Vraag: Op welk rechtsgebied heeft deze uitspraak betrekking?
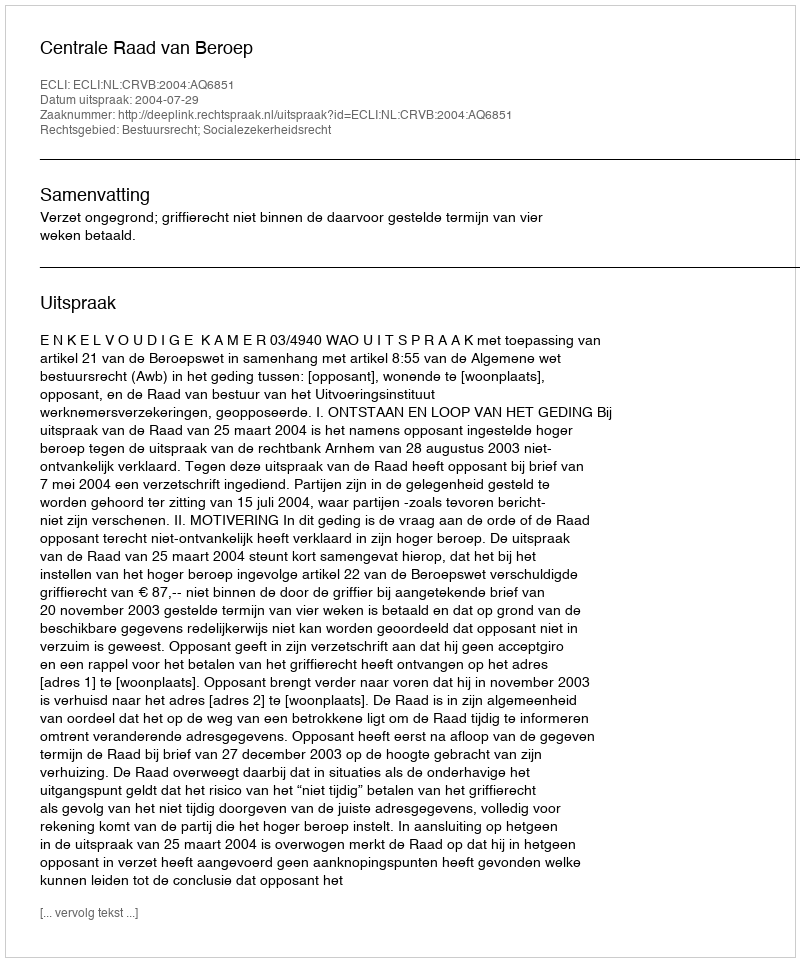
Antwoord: Bestuursrecht; Socialezekerheidsrecht